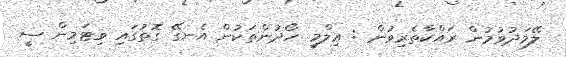
ލޭމަދުވުމުން ރައްކާތެރިވުން : ޢިލްމީ ހޯދުންތަކުން އެނގޭ ގޮތުގައި ވިޓަމިން ސީ